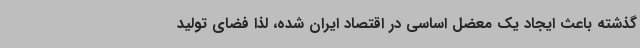
گذشته باعث ایجاد یک معضل اساسی در اقتصاد ایران شده، لذا فضای تولید